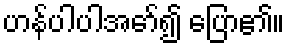
ဟန်ပါပါအော်၍ ပြော၏။